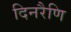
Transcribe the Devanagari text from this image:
दिनरैणि